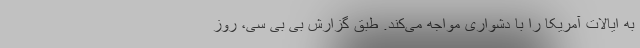
به ایالات آمریکا را با دشواری مواجه می‌کند. طبق گزارش بی بی سی، روز